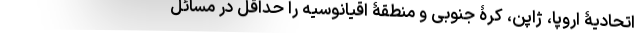
اتحادیۀ اروپا، ژاپن، کرۀ جنوبی و منطقۀ اقیانوسیه را حداقل در مسائل